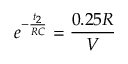
e ^ { - \frac { t _ { 2 } } { R C } } = \frac { 0 . 2 5 R } { V }